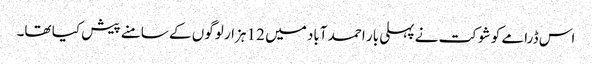
اس ڈرامے کو شوکت نے پہلی بار احمد آباد میں 12 ہزار لوگوں کے سامنے پیش کیا تھا۔